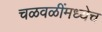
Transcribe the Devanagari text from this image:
चळवळींमध्येच